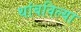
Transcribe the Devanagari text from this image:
थांबविल्या